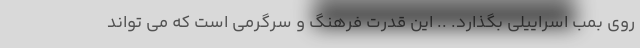
روی بمب اسراییلی بگذارد. .. این قدرت فرهنگ و سرگرمی است که می تواند